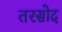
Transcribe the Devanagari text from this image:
तरसोद